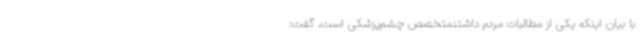
با بیان اینکه یکی از مطالبات مردم داشتنمتخصص چشم‌پزشکی است، گفت: